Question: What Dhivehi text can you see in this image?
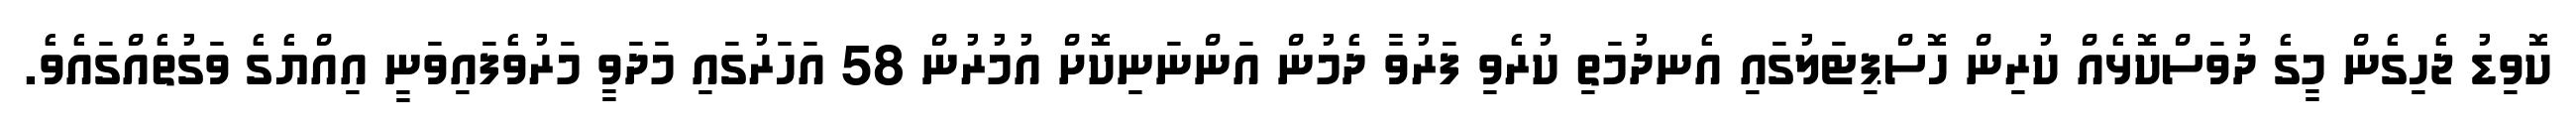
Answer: ކޮވިޑު ޖެހިގެން މީގެ ދުވަސްކޮޅެއް ކުރިން ހޮސްޕިޓަލުގައި އެނދުމަތި ކުރެވި ފަރުވާ ދެމުން އަންނަނިކޮށް އުމުރުން 58 އަހަރުގައި މަދަވީ މަރުވެފައިވަނީ އިއްޔެގެ ވަގުތެއްގައެވެ.